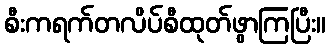
စီးကရက်တလိပ်စီထုတ်ဖွာကြပြီး။